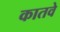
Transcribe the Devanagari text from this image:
कातवे